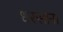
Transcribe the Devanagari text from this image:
धरसाना